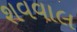
શવવાલ